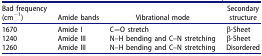
<table><thead><tr><td><b>Bad frequency (cm<sup>−1</sup>)</b></td><td><b>Amide bands</b></td><td><b>Vibrational mode</b></td><td><b>Secondary structure</b></td></tr></thead><tbody><tr><td>1670</td><td>Amide I</td><td>C=O stretch</td><td>β-Sheet</td></tr><tr><td>1240</td><td>Amide III</td><td>N–H bending and C–N stretching</td><td>β-Sheet</td></tr><tr><td>1260</td><td>Amide III</td><td>N–H bending and C–N stretching</td><td>Disordered</td></tr></tbody></table>